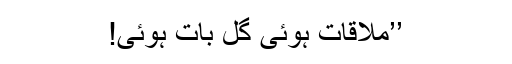
’’مُلاقات ہوئی گل بات ہوئی!